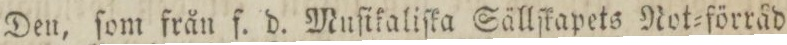
Den, ſom från f. d. Muſikaliſka Sällſkapets Not=förråd